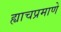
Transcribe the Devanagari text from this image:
ह्याचप्रमाणे